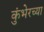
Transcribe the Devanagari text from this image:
कुंभेरच्या